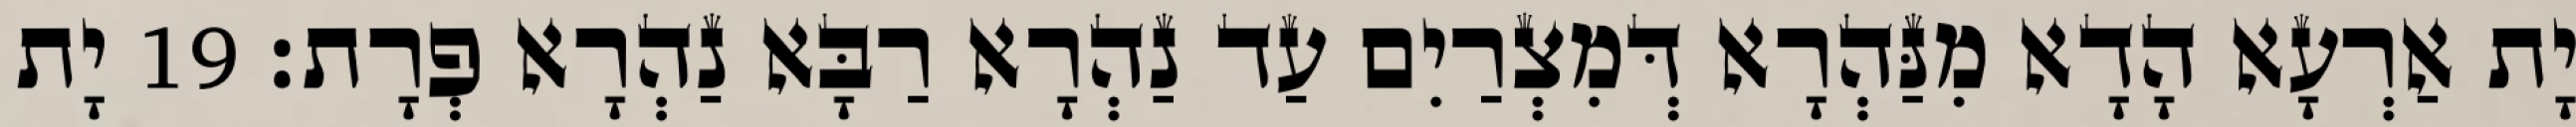
יָת אַרְעָא הָדָא מִנַּהְרָא דְּמִצְרַיִם עַד נַהְרָא רַבָּא נַהְרָא פְרָת׃ 19 יָת